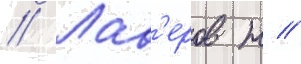
// Лав'еров н //